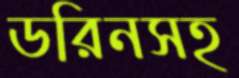
ডরিনসহ